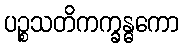
ပဉ္စသတိကက္ခန္ဓကော